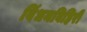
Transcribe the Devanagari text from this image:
विंधनविहिरी